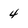
Character: 4